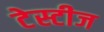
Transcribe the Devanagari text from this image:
टेस्टीज